38_143685_box7_Incident_Summaries_1-100
Agency: Department of War
Page 177
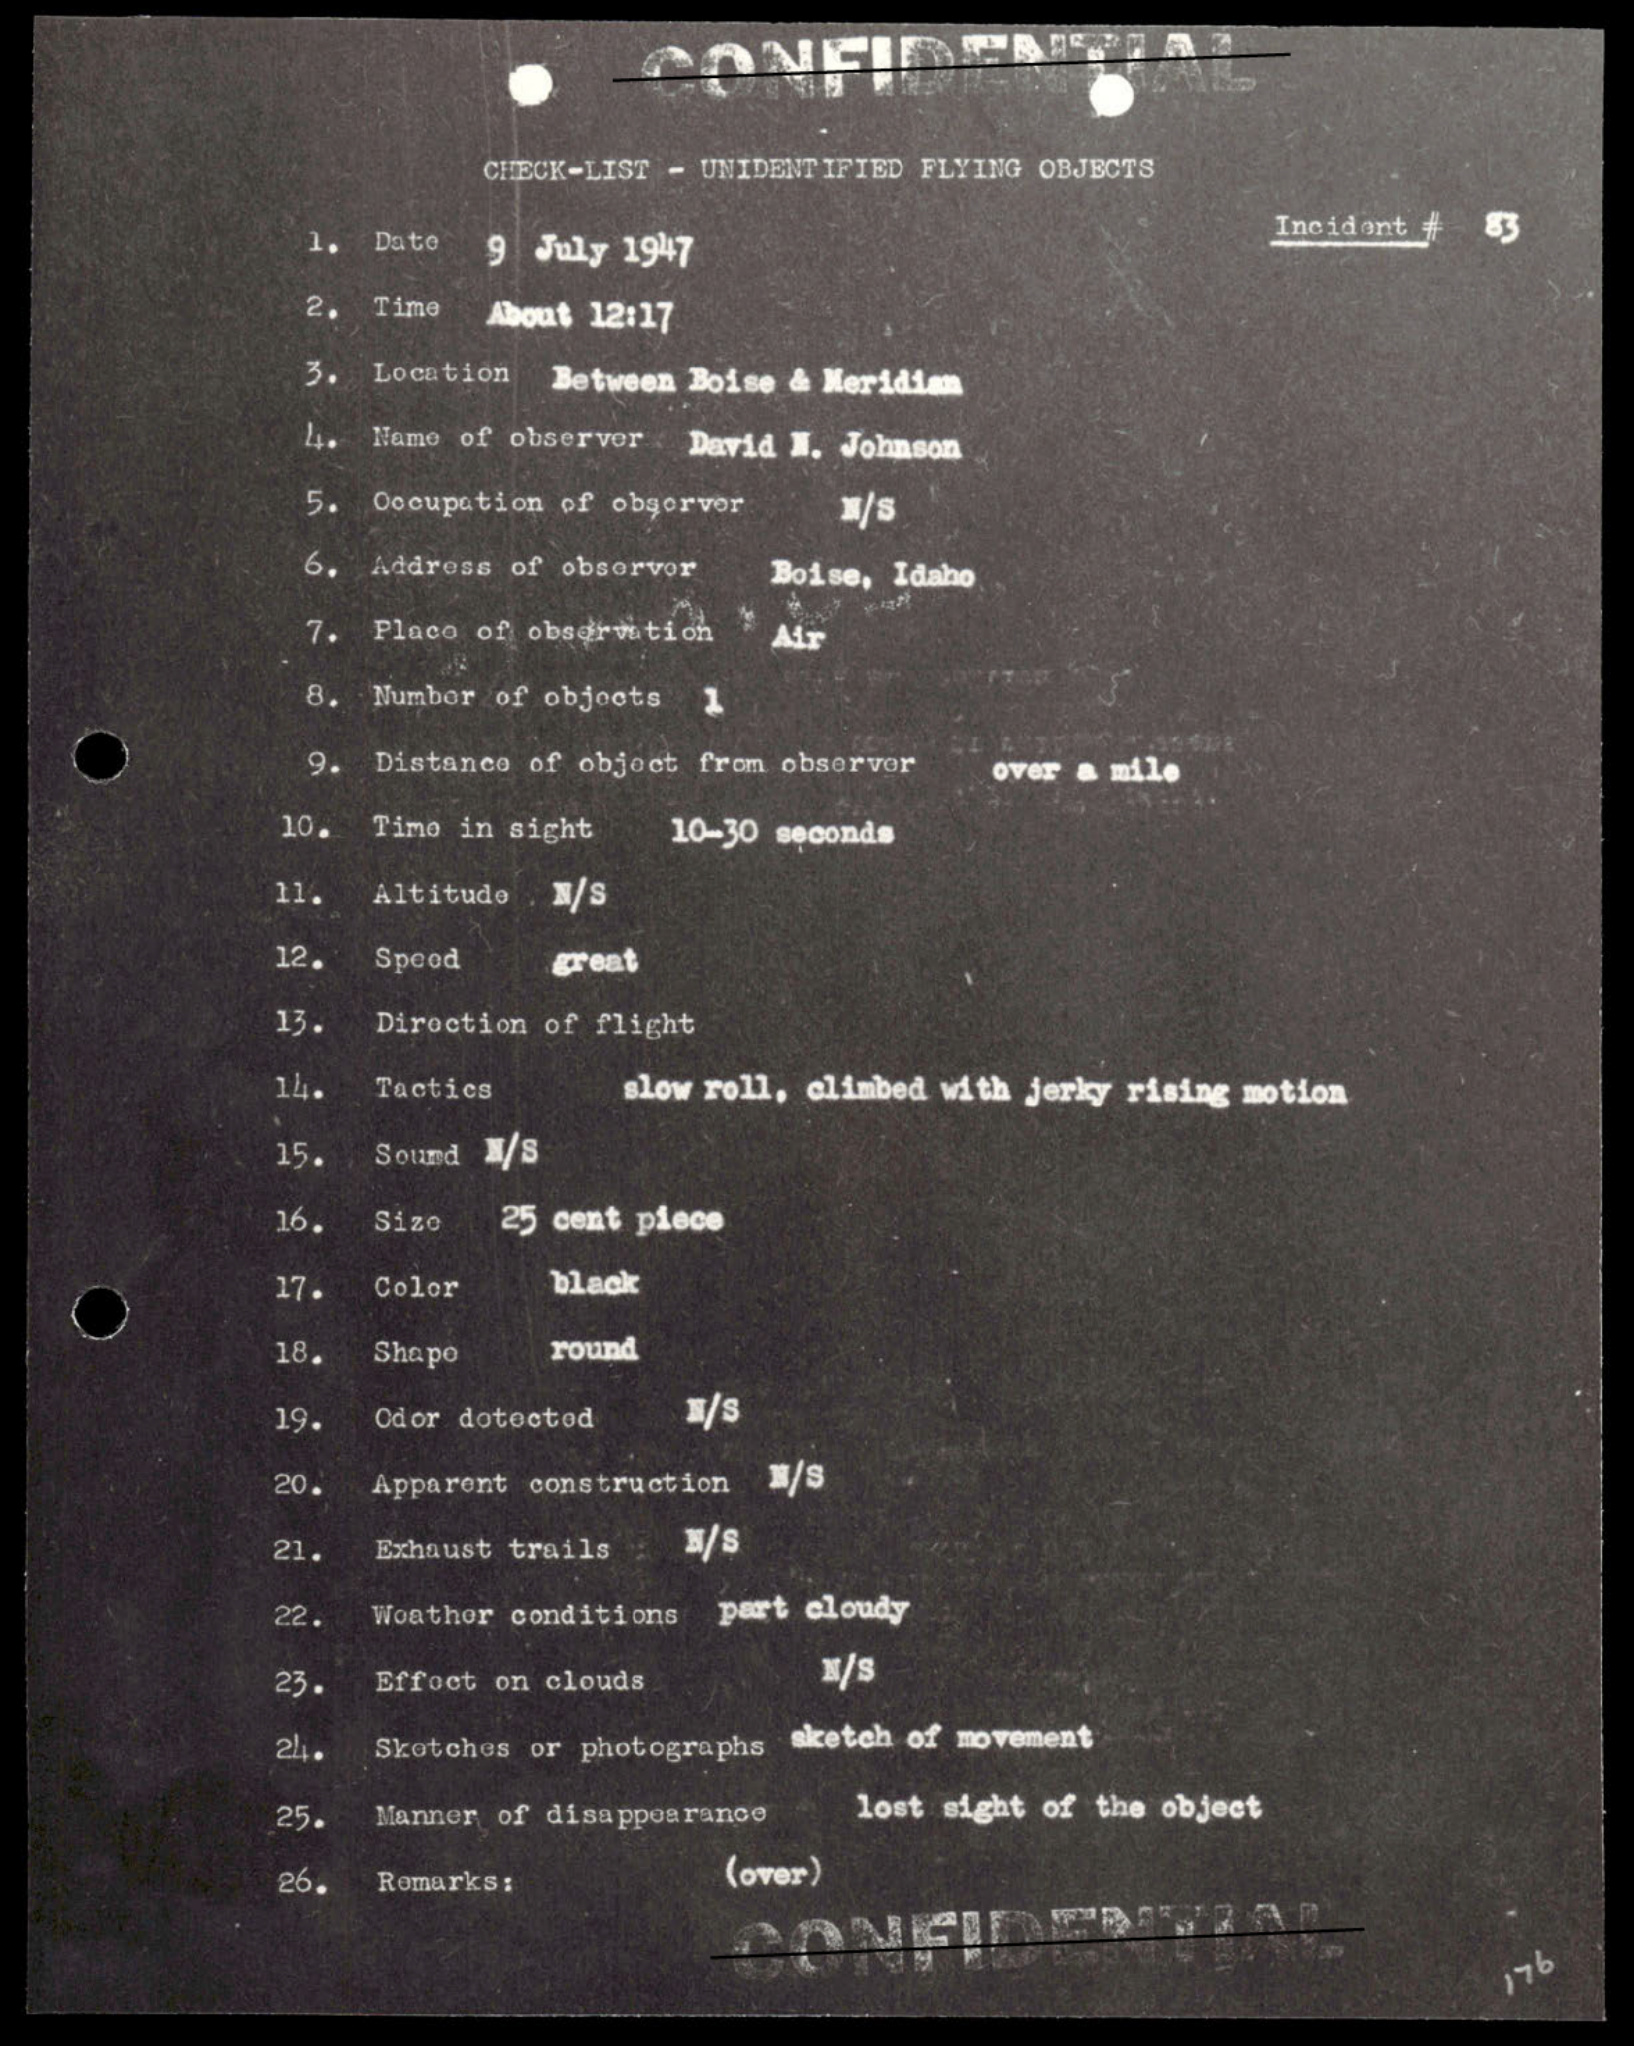